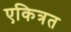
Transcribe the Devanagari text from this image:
एकित्रत